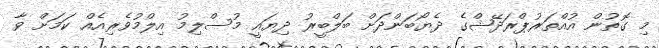
މި ގޮތުން އުއްތަރުޕްރަދޭޝްގެ ދެޔޯބަންދަށް ބަލްބީރު ދިޔައީ މުސްލިމު އިލްމުވެރިއެއް ކަމަށް ވާ